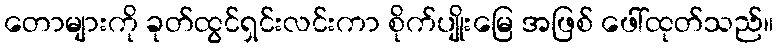
တောများကို ခုတ်ထွင်ရှင်းလင်းကာ စိုက်ပျိုးမြေ အဖြစ် ဖေါ်ထုတ်သည်။